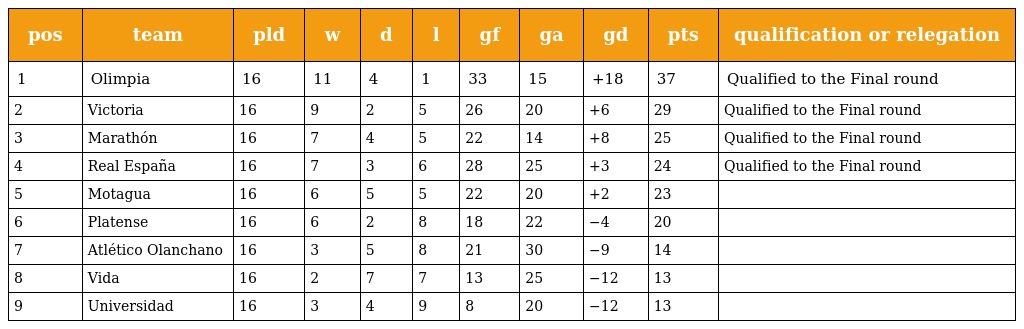
| pos | team | pld | w | d | l | gf | ga | gd | pts | qualification or relegation |
 | --- | --- | --- | --- | --- | --- | --- | --- | --- | --- | --- |
 | 1 | Olimpia | 16 | 11 | 4 | 1 | 33 | 15 | +18 | 37 | Qualified to the Final round |
 | 2 | Victoria | 16 | 9 | 2 | 5 | 26 | 20 | +6 | 29 | Qualified to the Final round |
 | 3 | Marathón | 16 | 7 | 4 | 5 | 22 | 14 | +8 | 25 | Qualified to the Final round |
 | 4 | Real España | 16 | 7 | 3 | 6 | 28 | 25 | +3 | 24 | Qualified to the Final round |
 | 5 | Motagua | 16 | 6 | 5 | 5 | 22 | 20 | +2 | 23 |  |
 | 6 | Platense | 16 | 6 | 2 | 8 | 18 | 22 | −4 | 20 |  |
 | 7 | Atlético Olanchano | 16 | 3 | 5 | 8 | 21 | 30 | −9 | 14 |  |
 | 8 | Vida | 16 | 2 | 7 | 7 | 13 | 25 | −12 | 13 |  |
 | 9 | Universidad | 16 | 3 | 4 | 9 | 8 | 20 | −12 | 13 |  |